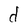
Character: d